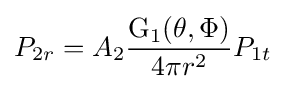
P_{2r}=A_{2}{\frac {\mathrm {G_{1}} (\theta ,\Phi )}{4\pi r^{2}}}P_{1t}